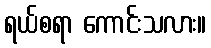
ရယ်စရာ ကောင်းသလား။